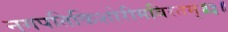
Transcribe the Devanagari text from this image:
नगपतिकिशोरीमविरतम्॥३॥